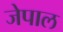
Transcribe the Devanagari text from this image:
जेपाल